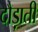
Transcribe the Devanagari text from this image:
दौड़ाती